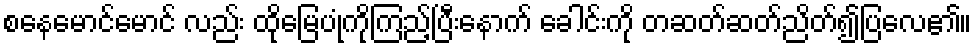
စနေမောင်မောင် လည်း ထိုမြေပုံကိုကြည့်ပြီးနောက် ခေါင်းကို တဆတ်ဆတ်ညိတ်၍ပြလေ၏။